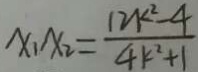
x _ { 1 } x _ { 2 } = \frac { 1 2 k ^ { 2 } - 4 } { 4 k ^ { 2 } + 1 }